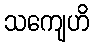
သကျေဟိ